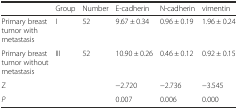
|  | Group | Number | E-cadherin | N-cadherin | vimentin |
 | --- | --- | --- | --- | --- | --- |
 | Primary breast tumor with metastasis | I | 52 | 9.67 ± 0.34 | 0.96 ± 0.19 | 1.96 ± 0.24 |
 | Primary breast tumor without metastasis | III | 52 | 10.90 ± 0.26 | 0.46 ± 0.12 | 0.92 ± 0.15 |
 | Z |  |  | −2.720 | −2.736 | −3.545 |
 | P |  |  | 0.007 | 0.006 | 0.000 |